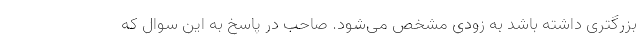
بزرگتری داشته باشد به زودی مشخص می‌شود. صاحب در پاسخ به این سوال که